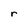
Character: r